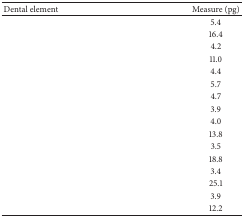
<table><thead><tr><td><b>Dental element</b></td><td><b>Measure (pg)</b></td></tr></thead><tbody><tr><td>[EMPTY_CELL]</td><td>5.4</td></tr><tr><td>[EMPTY_CELL]</td><td>16.4</td></tr><tr><td>[EMPTY_CELL]</td><td>4.2</td></tr><tr><td>[EMPTY_CELL]</td><td>11.0</td></tr><tr><td>[EMPTY_CELL]</td><td>4.4</td></tr><tr><td>[EMPTY_CELL]</td><td>5.7</td></tr><tr><td>[EMPTY_CELL]</td><td>4.7</td></tr><tr><td>[EMPTY_CELL]</td><td>3.9</td></tr><tr><td>[EMPTY_CELL]</td><td>4.0</td></tr><tr><td>[EMPTY_CELL]</td><td>13.8</td></tr><tr><td>[EMPTY_CELL]</td><td>3.5</td></tr><tr><td>[EMPTY_CELL]</td><td>18.8</td></tr><tr><td>[EMPTY_CELL]</td><td>3.4</td></tr><tr><td>[EMPTY_CELL]</td><td>25.1</td></tr><tr><td>[EMPTY_CELL]</td><td>3.9</td></tr><tr><td>[EMPTY_CELL]</td><td>12.2</td></tr></tbody></table>